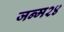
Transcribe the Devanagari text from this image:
जन्म२४